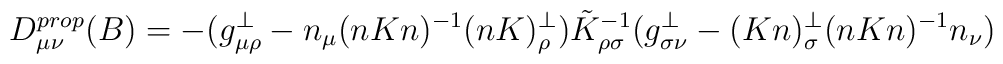
D^{prop}_{\mu \nu} (B)=-(g^{\perp}_{\mu\rho} - n_{\mu}(nKn)^{-1}(nK)^{\perp}_{\rho}) \tilde K^{-1}_{\rho\sigma}(g^{\perp}_{\sigma\nu} -(Kn)^{\perp}_{\sigma}(nKn)^{-1}n_{\nu})